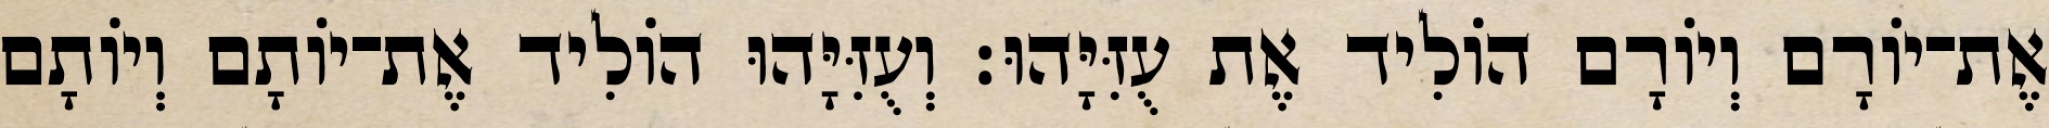
אֶת־יוֹרָם וְיוֹרָם הוֹלִיד אֶת עֻזִּיָּהוּ׃ וְעֻזִּיָּהוּ הוֹלִיד אֶת־יוֹתָם וְיוֹתָם